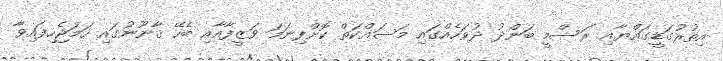
އިތުރުގަޑީގައްޔާއި ރަސްމީ ބަންދު ދުވަހެއްގައި މަސައްކަތް ކޮށްފިނަމަ ވަޒީފާއާއި ބެހޭ ޤާނޫނުގައި ހަމަޖެހިފައިވާ